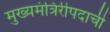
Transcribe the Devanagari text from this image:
मुख्यमंत्रिरीपदाची